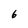
Character: 6